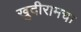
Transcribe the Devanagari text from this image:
खुदीरामचा